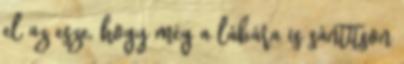
el az esze, hogy még a lábára is sántítson